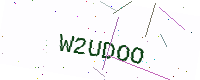
Text: W2UDOO